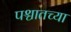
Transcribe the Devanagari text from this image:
पश्चातच्या